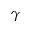
\gamma